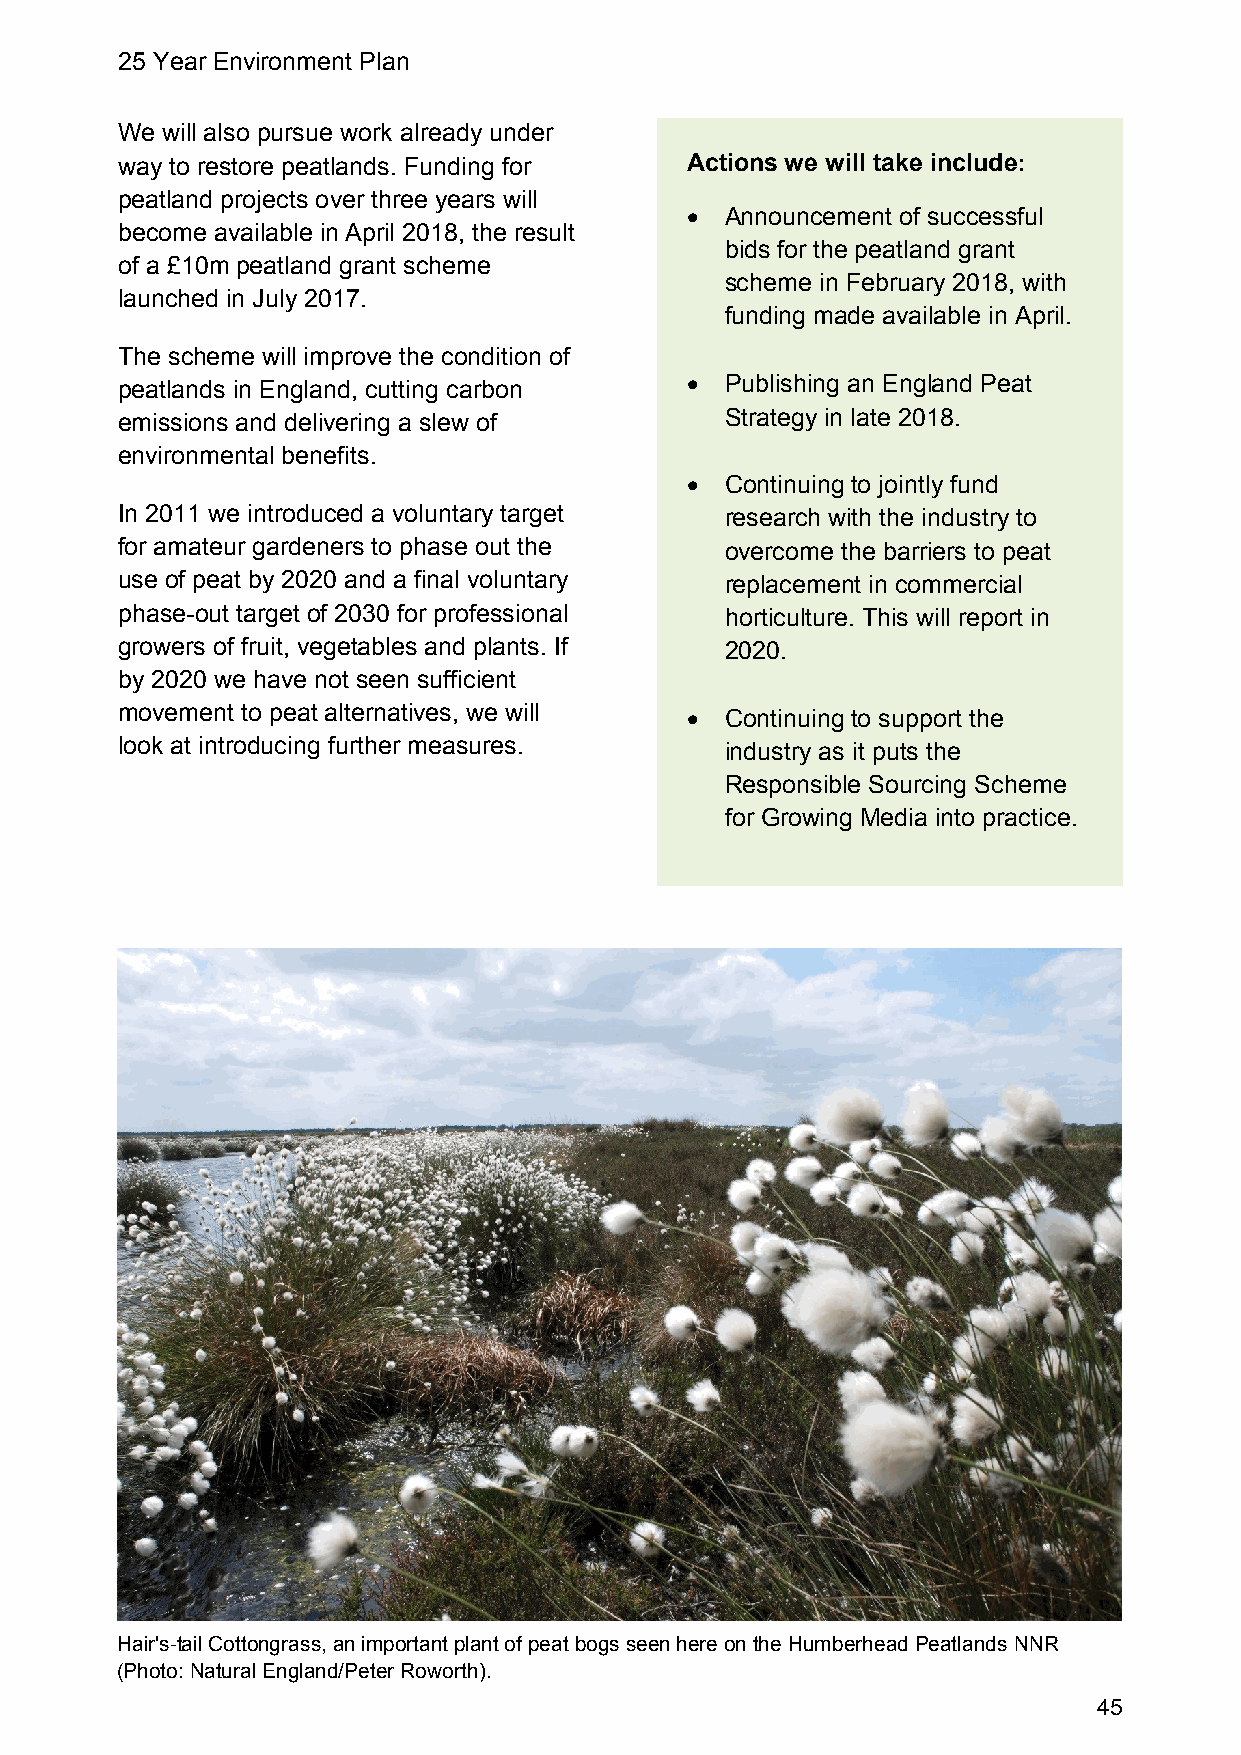
25 Year Environment Plan
 We will also pursue work already under
 way to restore peatlands. Funding for Actions we will take include:
 peatland projects over three years will
   Announcement of successful
 become available in April 2018, the result
 bids for the peatland grant
 of a £10m peatland grant scheme
 scheme in February 2018, with
 launched in July 2017.
 funding made available in April.
 The scheme will improve the condition of
 peatlands in England, cutting carbon   Publishing an England Peat
 emissions and delivering a slew of      Strategy in late 2018.
 environmental benefits.
   Continuing to jointly fund
 In 2011 we introduced a voluntary target research with the industry to
 for amateur gardeners to phase out the  overcome the barriers to peat
 use of peat by 2020 and a final voluntary replacement in commercial
 phase-out target of 2030 for professional horticulture. This will report in
 growers of fruit, vegetables and plants. If 2020.
 by 2020 we have not seen sufficient
 movement to peat alternatives, we will  Continuing to support the
 look at introducing further measures.   industry as it puts the
 Responsible Sourcing Scheme
 for Growing Media into practice.
 Hair's-tail Cottongrass, an important plant of peat bogs seen here on the Humberhead Peatlands NNR
 (Photo: Natural England/Peter Roworth).
 45